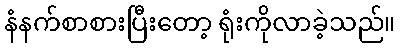
နံနက်စာစားပြီးတော့ ရုံးကိုလာခဲ့သည်။